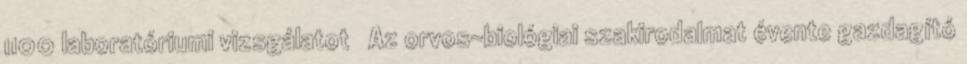
1100 laboratóriumi vizsgálatot  Az orvos-biológiai szakirodalmat évente gazdagító